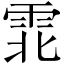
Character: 𫕡